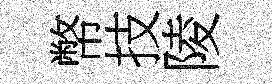
幣技陵